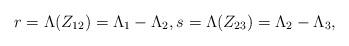
LaTeX: \begin{align*}r=\Lambda(Z_{12})=\Lambda_1-\Lambda_2,s=\Lambda(Z_{23})=\Lambda_2-\Lambda_3,\end{align*}